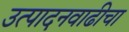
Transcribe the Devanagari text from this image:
उत्पादनवाढीचा